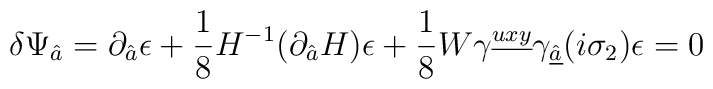
\delta \Psi_{\hat{a}} = \partial_{\hat{a}} \epsilon + {1\over 8} H^{-1} (\partial_{\hat{a}} H) \epsilon  + {1\over 8} W \gamma^{\underline{uxy}}\gamma_{\underline{\hat{a}}}(i\sigma_2) \epsilon = 0 \,